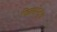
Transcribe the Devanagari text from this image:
फिलारेट्स